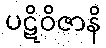
ပဋိဝိဇာနိ